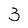
Character: 3